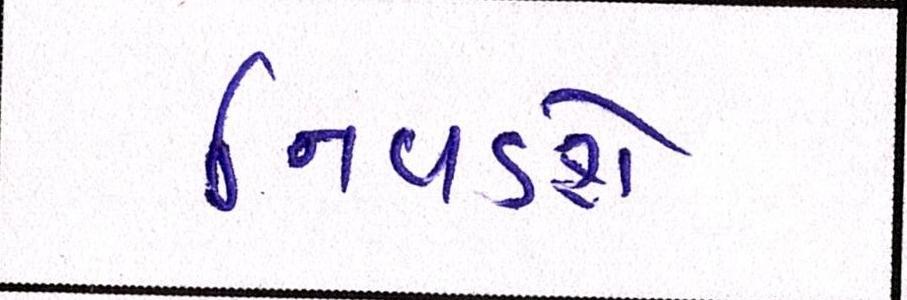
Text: નિવડશે